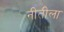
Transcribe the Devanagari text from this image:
नीतीला